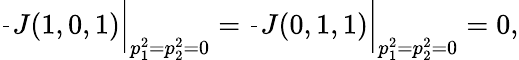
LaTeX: \left.\frac{}{}J(1,0,1)\right|_{p_{1}^{2}=p_{2}^{2}=0}=\left.\frac{}{}J(0,1,1)\right|_{p_{1}^{2}=p_{2}^{2}=0}=0,